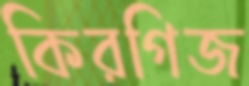
কিরগিজ